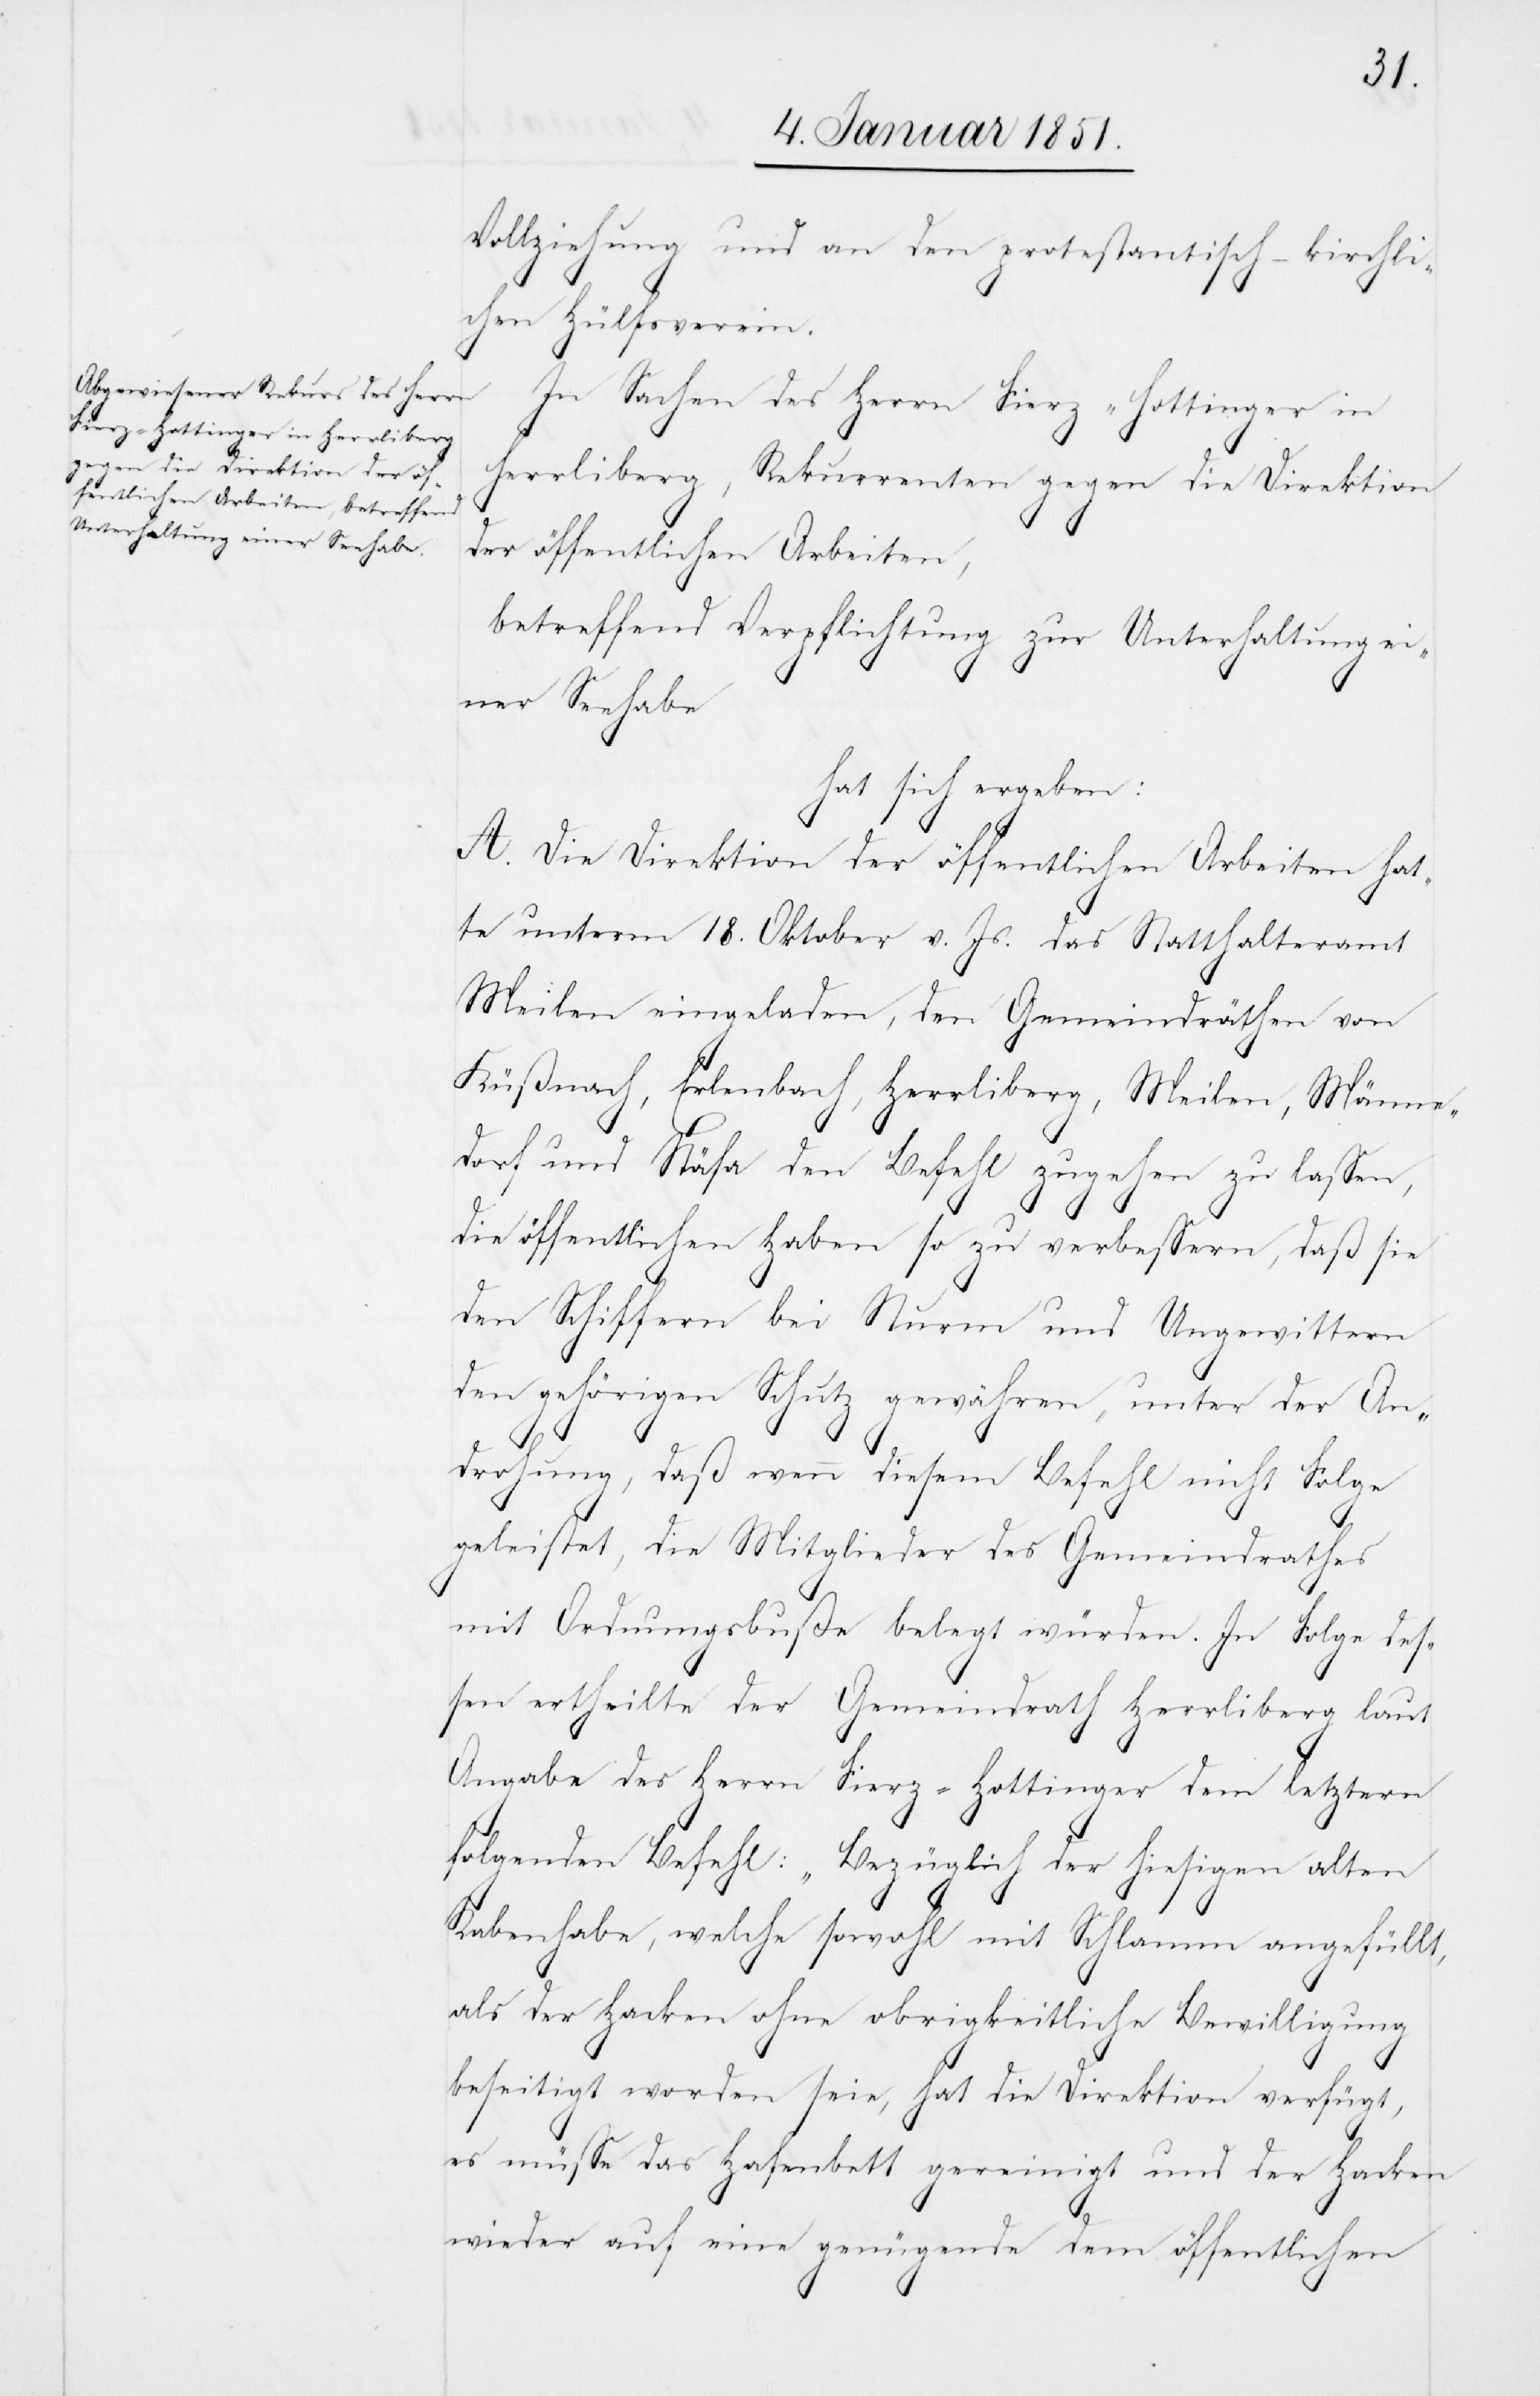
Vollziehung und an den protestantisch-kirchli¬
chen Hülfsverein.
In Sachen des Herrn Fierz-Hottinger in
Herrliberg, Rekurrenten gegen die Direktion
der öffentlichen Arbeiten,
betreffend Verpflichtung zur Unterhaltung ei¬
ner Seehabe
hat sich ergeben:
A. Die Direktion der öffentlichen Arbeiten hat¬
te unterm 18. Oktober v. Js. das Statthalteramt
Meilen eingeladen, den Gemeindräthen von
Küßnach[t], Erlenbach, Herrliberg, Meilen, Männe¬
dorf und Stäfa den Befehl zugehen zu lassen,
die öffentlichen Haben so zu verbessern, daß sie
den Schiffern bei Sturm und Ungewittern
den gehörigen Schutz gewähren, unter der An¬
drohung, daß wenn diesem Befehl nicht Folge
geleistet, die Mitglieder des Gemeindrathes
mit Ordnungsbuße belegt würden. In Folge des¬
sen ertheilte der Gemeindrath Herrliberg laut
Angabe des Herrn Fierz-Hottinger dem letztern
folgenden Befehl: „Bezüglich der hiesigen alten
Rabenhabe, welche sowohl mit Schlamm angefüllt,
als der Hacken ohne obrigkeitliche Bewilligung
beseitigt worden seie, hat die Direktion verfügt,
es müsse das Hafenbett gereinigt und der Hacken
wieder auf eine genügende dem öffentlichen